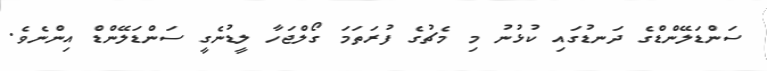
ސަންޑަލޭންޑްގެ ދަނޑުގައި ކުޅުނު މި މެޗުގެ ފުރަތަމަ ގޯލްޖަހާ ލީޑުނެގީ ސަންޑަލޭންޑް އިންނެވެ.